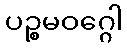
ပဉ္စမဝဂ္ဂေါ